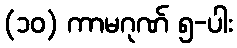
(၁၀) ကာမဂုဏ် ၅-ပါး